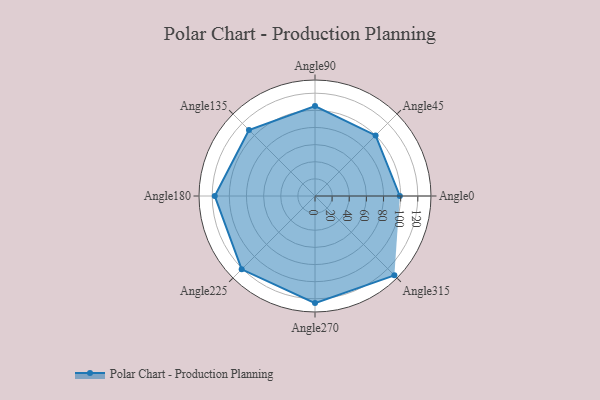
{"axis": {"x": "Angle", "y": "Radius"}, "legend": [""], "data": [{"x": "Angle0", "y": 99.0, "type": ""}, {"x": "Angle45", "y": 100.0, "type": ""}, {"x": "Angle90", "y": 105.0, "type": ""}, {"x": "Angle135", "y": 109.0, "type": ""}, {"x": "Angle180", "y": 117.0, "type": ""}, {"x": "Angle225", "y": 121.0, "type": ""}, {"x": "Angle270", "y": 125.0, "type": ""}, {"x": "Angle315", "y": 131.0, "type": ""}]}